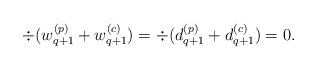
LaTeX: \begin{align*} \div (w_{q+1}^{(p)} + w_{q +1}^{(c)}) = \div (d_{q+1}^{(p)} + d_{q +1}^{(c)}) = 0.\end{align*}